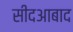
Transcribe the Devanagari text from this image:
सीदआबाद